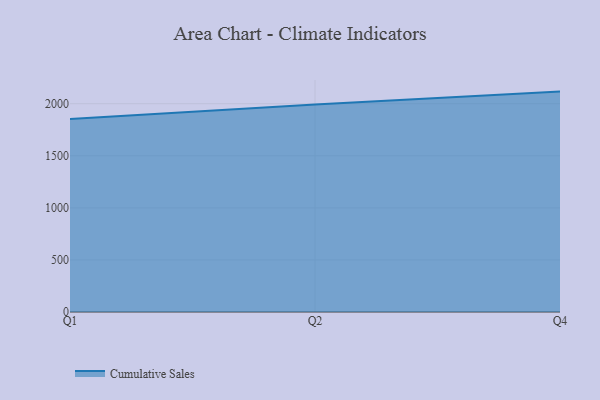
{"axis": {"x": "Quarter", "y": "Inventory Turnover"}, "legend": ["Cumulative Sales"], "data": [{"x": "Q1", "y": 1853.7, "type": "Cumulative Sales"}, {"x": "Q2", "y": 1991.4, "type": "Cumulative Sales"}, {"x": "Q4", "y": 2116.2, "type": "Cumulative Sales"}]}